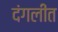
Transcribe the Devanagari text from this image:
दंगलींत